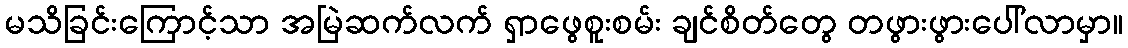
မသိခြင်းကြောင့်သာ အမြဲဆက်လက် ရှာဖွေစူးစမ်း ချင်စိတ်တွေ တဖွားဖွားပေါ်လာမှာ။